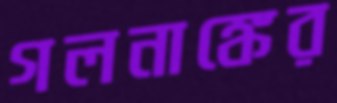
গলনাঙ্কের